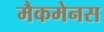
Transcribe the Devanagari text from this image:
मैकमेनस